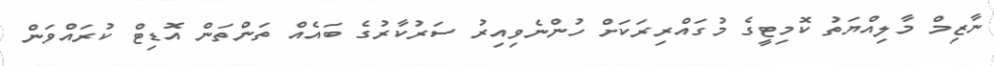
ނާޒިމް މާލިއްޔަތު ކޮމިޓީގެ މުގައްރިރަކަށް ހުންނެވިއިރު ސަރުކާރުގެ ބައެއް ތަންތަން އޮޑިޓް ކުރައްވަން